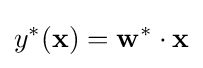
y^{*}({\mathbf {x} })={\mathbf {w} }^{*}\cdot {\mathbf {x} }